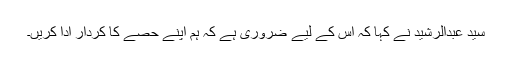
سید عبدالرشید نے کہا کہ اس کے لیے ضروری ہے کہ ہم اپنے حصے کا کردار ادا کریں۔